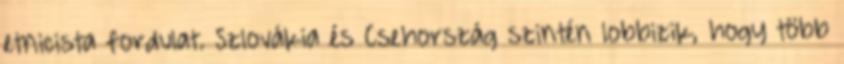
etnicista fordulat. Szlovákia és Csehország szintén lobbizik, hogy több